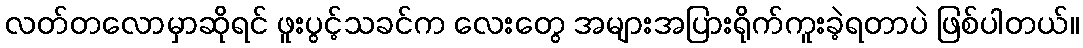
လတ်တလောမှာဆိုရင် ဖူးပွင့်သခင်က လေးတွေ အများအပြားရိုက်ကူးခဲ့ရတာပဲ ဖြစ်ပါတယ်။